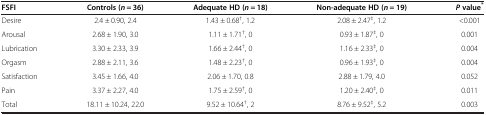
<table><thead><tr><td><b>FSFI</b></td><td><b>Controls (<i>n</i> = 36)</b></td><td><b>Adequate HD (<i>n</i> = 18)</b></td><td><b>Non-adequate HD (<i>n</i> = 19)</b></td><td><b><i>P </i>value<sup>*</sup></b></td></tr></thead><tbody><tr><td>Desire</td><td>2.4 ± 0.90, 2.4</td><td>1.43 ± 0.68<sup>†</sup>, 1.2</td><td>2.08 ± 2.47<sup>‡</sup>, 1.2</td><td>&lt;0.001</td></tr><tr><td>Arousal</td><td>2.68 ± 1.90, 3.0</td><td>1.11 ± 1.71<sup>†</sup>, 0</td><td>0.93 ± 1.87<sup>‡</sup>, 0</td><td>0.001</td></tr><tr><td>Lubrication</td><td>3.30 ± 2.33, 3.9</td><td>1.66 ± 2.44<sup>†</sup>, 0</td><td>1.16 ± 2.33<sup>‡</sup>, 0</td><td>0.004</td></tr><tr><td>Orgasm</td><td>2.88 ± 2.11, 3.6</td><td>1.48 ± 2.23<sup>†</sup>, 0</td><td>0.96 ± 1.93<sup>‡</sup>, 0</td><td>0.004</td></tr><tr><td>Satisfaction</td><td>3.45 ± 1.66, 4.0</td><td>2.06 ± 1.70, 0.8</td><td>2.88 ± 1.79, 4.0</td><td>0.052</td></tr><tr><td>Pain</td><td>3.37 ± 2.27, 4.0</td><td>1.75 ± 2.59<sup>†</sup>, 0</td><td>1.20 ± 2.40<sup>‡</sup>, 0</td><td>0.011</td></tr><tr><td>Total</td><td>18.11 ± 10.24, 22.0</td><td>9.52 ± 10.64<sup>†</sup>, 2</td><td>8.76 ± 9.52<sup>‡</sup>, 5.2</td><td>0.003</td></tr></tbody></table>